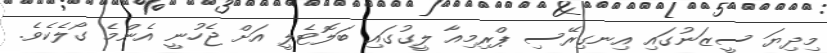
މިދިޔަ ސީޒަނުގައި އިނގިރޭސި ޕްރިމިއާ ލީގުގައި ބަލޮޓެލީ އަށް ޖެހުނީ އެންމެ ގޯލެކެވެ.